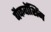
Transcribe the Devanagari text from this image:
बैकवॉशिंग